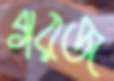
গরজ